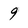
Character: 9